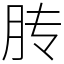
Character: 䏝